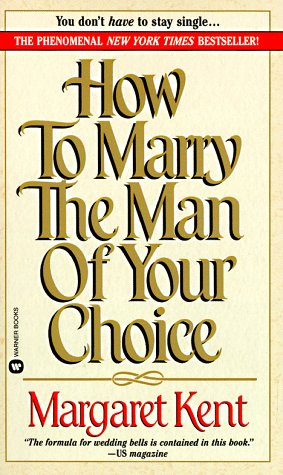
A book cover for How to Marry the Man of Your Choice; Margaret Kent; Health, Fitness & Dieting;